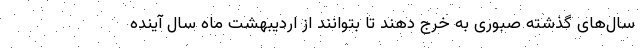
سال‌های گذشته صبوری به خرج دهند تا بتوانند از اردیبهشت ماه سال آینده